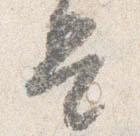
是